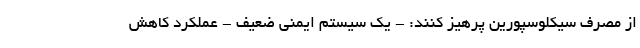
از مصرف سیکلوسپورین پرهیز کنند: - یک سیستم ایمنی ضعیف - عملکرد کاهش